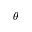
\theta